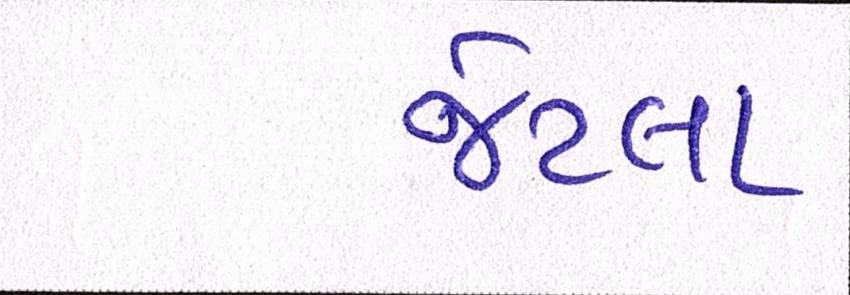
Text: જેટલા